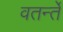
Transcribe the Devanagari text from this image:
वतर्न्ते